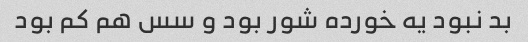
بد نبود یه خورده شور بود و سس هم کم بود